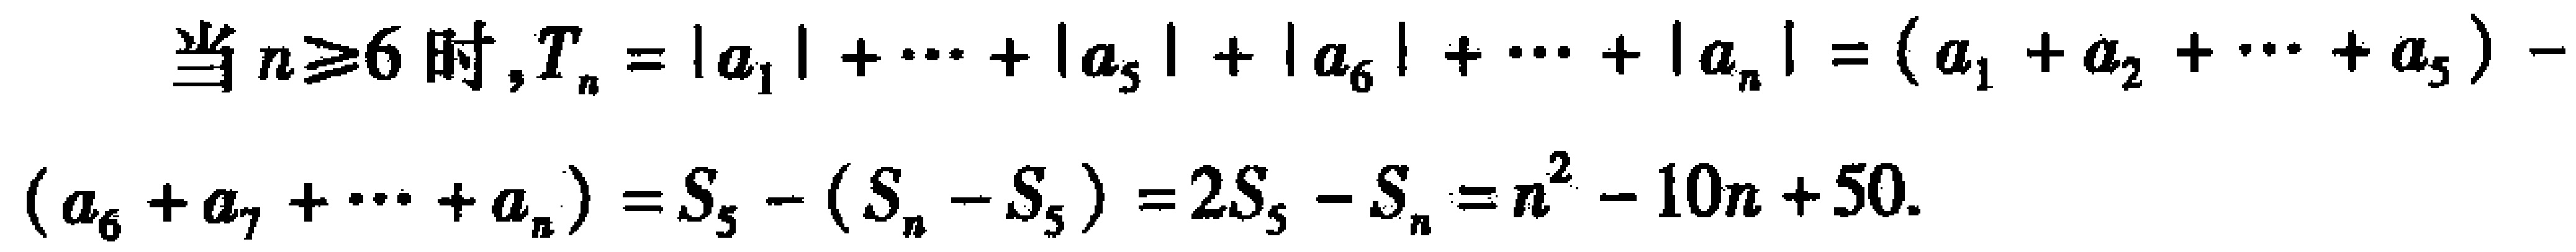
当 \(n\geq6\) 时, \(T_{n}=|a_{1}|+\cdots+|a_{5}|+|a_{6}|+\cdots+|a_{n}|=(a_{1}+a_{2}+\cdots+a_{5})-(a_{6}+a_{7}+\cdots+a_{n}) = S_{5}-(S_{n}-S_{5})=2S_{5}-S_{n}=n^{2}-10n + 50\).